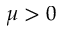
\mu > 0